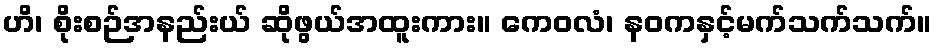
ဟိ၊ စိုးစဉ်အနည်းယ် ဆိုဖွယ်အထူးကား။ ကေဝလံ၊ နဝကနှင့်မက်သက်သက်။